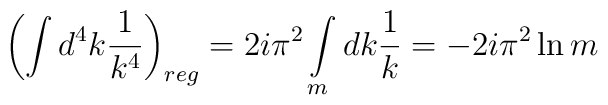
\left(\int d^4k \frac{1}{k^4}\right)_{reg} =2i\pi^2 \int\limits_m dk \frac{1}{k} = - 2i\pi^2 \ln m